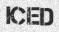
ICED